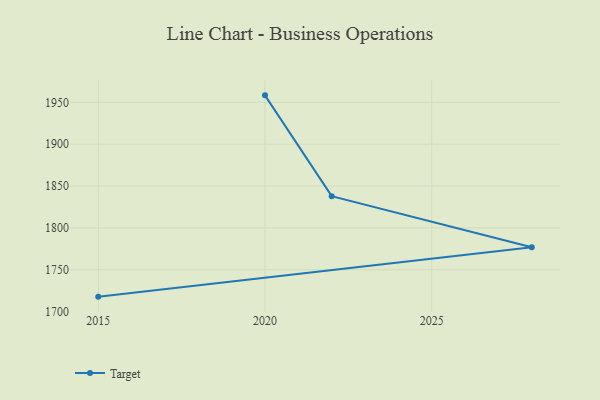
{"axis": {"x": "Year", "y": "Conversion Rate (%)"}, "legend": ["Target"], "data": [{"x": "2015", "y": 1717.9, "type": "Target"}, {"x": "2028", "y": 1777.0, "type": "Target"}, {"x": "2022", "y": 1838.0, "type": "Target"}, {"x": "2020", "y": 1958.4, "type": "Target"}]}